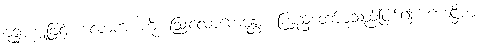
ဗုဒ္ဓစက္ခုဖြင့်။ လောကံ၊ ကို။ ဩလောကေန္တော၊ ကြည့်တော်မူသည်ဖြစ်၍။ ဟေဋ္ဌိမာ၊